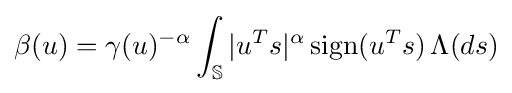
\beta (u)=\gamma (u)^{-\alpha }\int _{\mathbb {S} }|u^{T}s|^{\alpha }\operatorname {sign} (u^{T}s)\,\Lambda (ds)